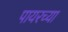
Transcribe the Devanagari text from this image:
पायरच्या